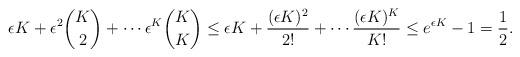
LaTeX: \begin{align*}\epsilon K + \epsilon^2\binom{K}{2}+\cdots \epsilon^K\binom{K}{K}&\leq \epsilon K + \frac{(\epsilon K)^2}{2!}+\cdots \frac{(\epsilon K)^K}{K!}\leq e^{\epsilon K}-1= \frac{1}{2}.\end{align*}